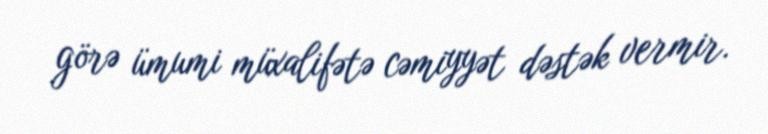
görə ümumi müxalifətə cəmiyyət dəstək vermir.